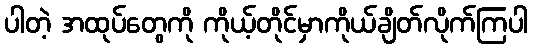
ပါတဲ့ အထုပ်တွေကို ကိုယ့်တိုင်မှာကိုယ်ချိတ်လိုက်ကြပါ